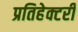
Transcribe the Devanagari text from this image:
प्रतिहेक्टरी